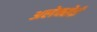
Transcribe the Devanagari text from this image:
अलेक्सेई